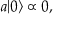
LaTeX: a | 0 \rangle \propto 0 ,